Vaccination in the Punjab 1905-1918 - 1905-1918
Year: 1905
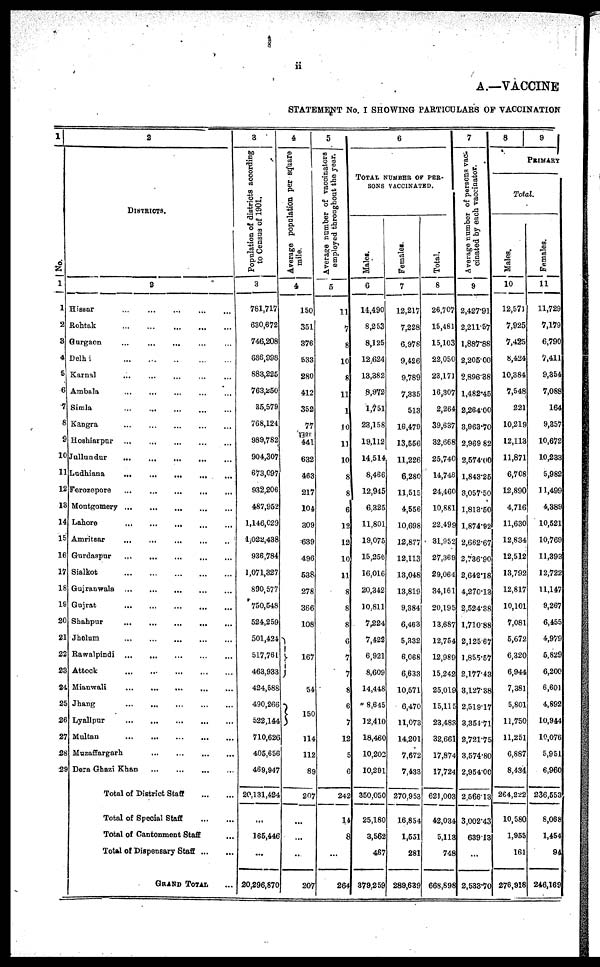
ii
A.—VACCINE
STATEMENT No I SHOWING PARTICULARS OF VACCINATION
1
No.
1
1
2
8
4
5
6
7
8
9
10
11
12
13
14
15
16
17
18
19
20
21
22
23
24
25
26
27
28
29
2
DISTRICTS.
2
Hissar
...
...
...
... ...
Rohtak
.
.
. ... ... ... ...
Gurgaon
...
... ... ... ...
Delhi
... ... ... ... ...
Karnal ... ... ... ... ...
Ambala
... ... ... ... ...
Simla
...
... ... ... ...
Kangra
...
... ... ... ...
Hoshiarpur
...
...
...
... ...
Jullundur
... ... ... ... ...
Ludhiana
...
...
... ... ...
Ferozepore
... ... ... ... ...
Montgomery ...
... ... ... ...
Lahore
... ... ... ... ...
Amritsar ... ... ... ... ...
Gurdaspur ... ... ... ... ...
Sialkot
... ... ... ... ...
Gujranwala
... ... ... ... ...
Gujrat
.
.
. ... ... ... ...
Shahpur
...
...
...
... ...
Jhelum
... ... ... ... ...
Rawalpindi
... ... ... ... ...
Attock
... ... ... ... ...
Mianwali
...
.
.
. ... ... ...
Jhang
...
... ... ... ...
Lyallpur
... ... ... ... ...
Multan
...
...
...
...
...
Muzaffargarh
... ... ... ...
Dera Ghazi Khan
... ... ... ...
Total of District Staff
... ...
Total of Special Staff
... ...
Total of Cantonment Staff ...
Total of Dispensary Staff... ...
GRIND TOTAL ...
3
Population of districts according
to Census of 1901.
3
781,717
630,672
746,208
686,998
883,225
763,1.50
35,579
768,124
989,782
904,307
673,097
932,206
487,952
1,146,029
1,022,438
936,784
1,071,327
890,577
750,548
524,259
501,424
517,761
463,933
424,588
490,266
522,144
710,626
405,656
469,947
20,131,424
...
165,446
...
20,296,870
4
Average population per square
mile.
4
150
351
376
533
280
412
352
77
441
632
463
217
104
309
639
496
538
278
366
108
167
54
150
114
112
89
207
...
...
...
207
5
Average number of vaccinators
employed throughout the year.
5
11
7
8
10
8
11
1
10
11
10
8
8
6
12
12
10
11
8
8
8
6
7
7
8
6
7
12
5
6
242
14
8
...
264
6
TOTAL NUMBER OF PER-
SONS VACCINATED.
Males.
6
14,490
8,253
8,125
12,624
13,382
8,972
1,751
23,158
19,112
14,514
8,466
12,945
6,325
11,801
19,075
15,256
16,016
20,342
10,811
7,224
7,422
6,921
8,609
14,448
8,645
12,410
18,460
10,202
10,291
350,050
25,180
3,562
467
379,259
Females.
7
12,217
7,228
6,978
9,426
9,789
7,335
513
16,479
13,556
11,226
6,280
11,515
4,556
10,698
12,877
12,113
13,048
13,819
9,384
6,463
5,332
6,068
6,633
10,571
6,470
11,073
14,201
7,672
7,433
270,953
16,854
1,551
281
289,639
Total.
8
26,707
15,481
15,103
22,050
23,171
16,307
2,264
39,637
32,668
25,740
14,746
24,460
10,881
22,499
31,952
27,369
29,064
34,161
20,195
13,687
12,754
12,989
15,242
25,019
15,115
23,483
32,661
17,874
17,724
621,003
42,034
5,113
748
668,898
7
Average number of persons vac-
cinated by each vaccinator.
9
2,427.91
2,211.57
1,887.88
2,205.00
2,896.38
1,482.45
2,264.00
3,963.70
2,969.82
2,574.00
1,843.25
3,057.50
1,813.50
1,874.92
2,662.67
2,736.90
2,642.18
4,270.13
2,524.38
1,710.88
2,125.67
1,855.57
2,177.43
3,127.38
2,519.17
3,354.71
2,721.75
3,574.80
2,954.00
2,566.13
3,002.43
639.13
...
2,533.70
8
9
PRIMARY
Total.
Males.
10
12,571
7,925
7,425
8,424
10,384
7,548
221
10,219
12,113
11,871
6,708
12,890
4,716
11,630
12,834
12,512
13,792
12,817
10,101
7,081
5,672
6,320
6,944
7,381
5,801
11,750
11,251
6,887
8,434
264,222
10,580
1,955
161
276,918
Females.
11
11,729
7,179
6,790
7,411
9,354
7,088
164
9,357
10,672
10,233
5,982
11,499
4,389
10,521
10,769
11,393
12,722
11,147
9,267
6,455
4,979
5,829
6,200
6,601
4,892
10,944
10,076
5,951
6,960
236,553
8,068
1,454
94
246,169